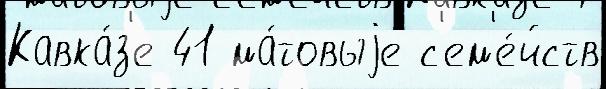
Кавка́з'е 41 ма́товыjе с'ем'е́йств